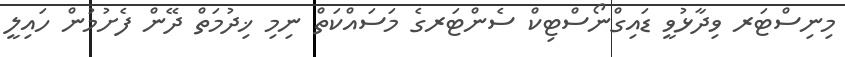
މިނިސްޓަރ ވިދާޅުވީ ޑައިގްނޯސްޓިކް ސެންޓަރގެ މަސައްކަތް ނިމި ޚިދުމަތް ދޭން ފެށުމުން ހައިލީ